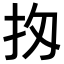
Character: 𢪤